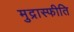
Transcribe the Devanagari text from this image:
मुद्रास्‍फीति